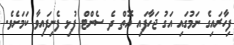
ފިހާރައިގެ ނަމުގައި އަގު ޖަހާފައި އޮތް ދެ ސެންޓް ފުޅި ފެނިފައިވާ ކަމަށެވެ.